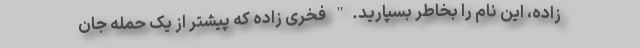
زاده، این نام را بخاطر بسپارید." فخری زاده که پیشتر از یک حمله جان